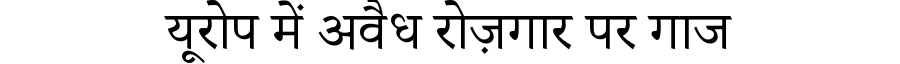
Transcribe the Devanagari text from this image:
यूरोप में अवैध रोज़गार पर गाज